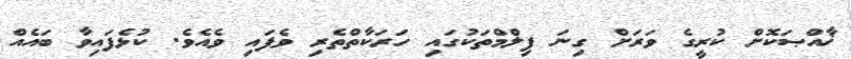
ޚާއްޞަކޮށް ކުރީގެ ވަރަށް ގިނަ ފިލްމްތަކުގައި ހަރަކާތްތެރި ވެފައި ވެއެވެ. ކުޅެފައިވާ ބައެއް